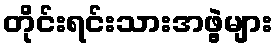
တိုင်းရင်းသားအဖွဲ့များ